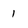
Character: 1